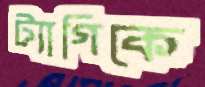
ট্যাগিকে